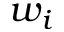
w _ { i }